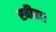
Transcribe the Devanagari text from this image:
खीरा।